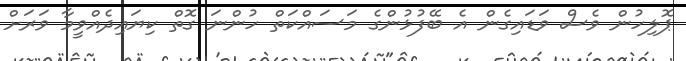
ޕޮލިހުން ވެސް ވަޑައިގެން އެ ބޭފުޅުންގެ މަސައްކަތް ހުންނަ ގޮތް ކިޔައިދެއްވީމާ ވަރަށް